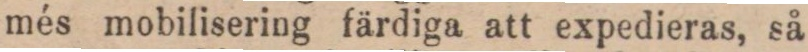
més mobilisering färdiga att expedieras, så